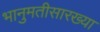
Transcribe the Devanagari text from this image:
भानुमतीसारख्या